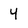
Character: 4